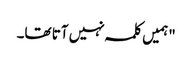
"ہمیں کلمہ نہیں آتا تھا۔